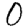
Digit: 0